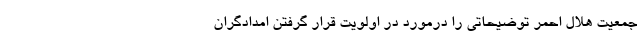
جمعیت هلال احمر توضیحاتی را درمورد در اولویت قرار گرفتن امدادگران